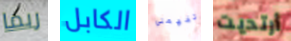
ربما الكابل تفهمني أرتديت